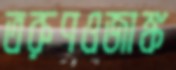
তরুণওজাঙ্ক